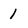
Character: 1